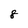
Character: 8